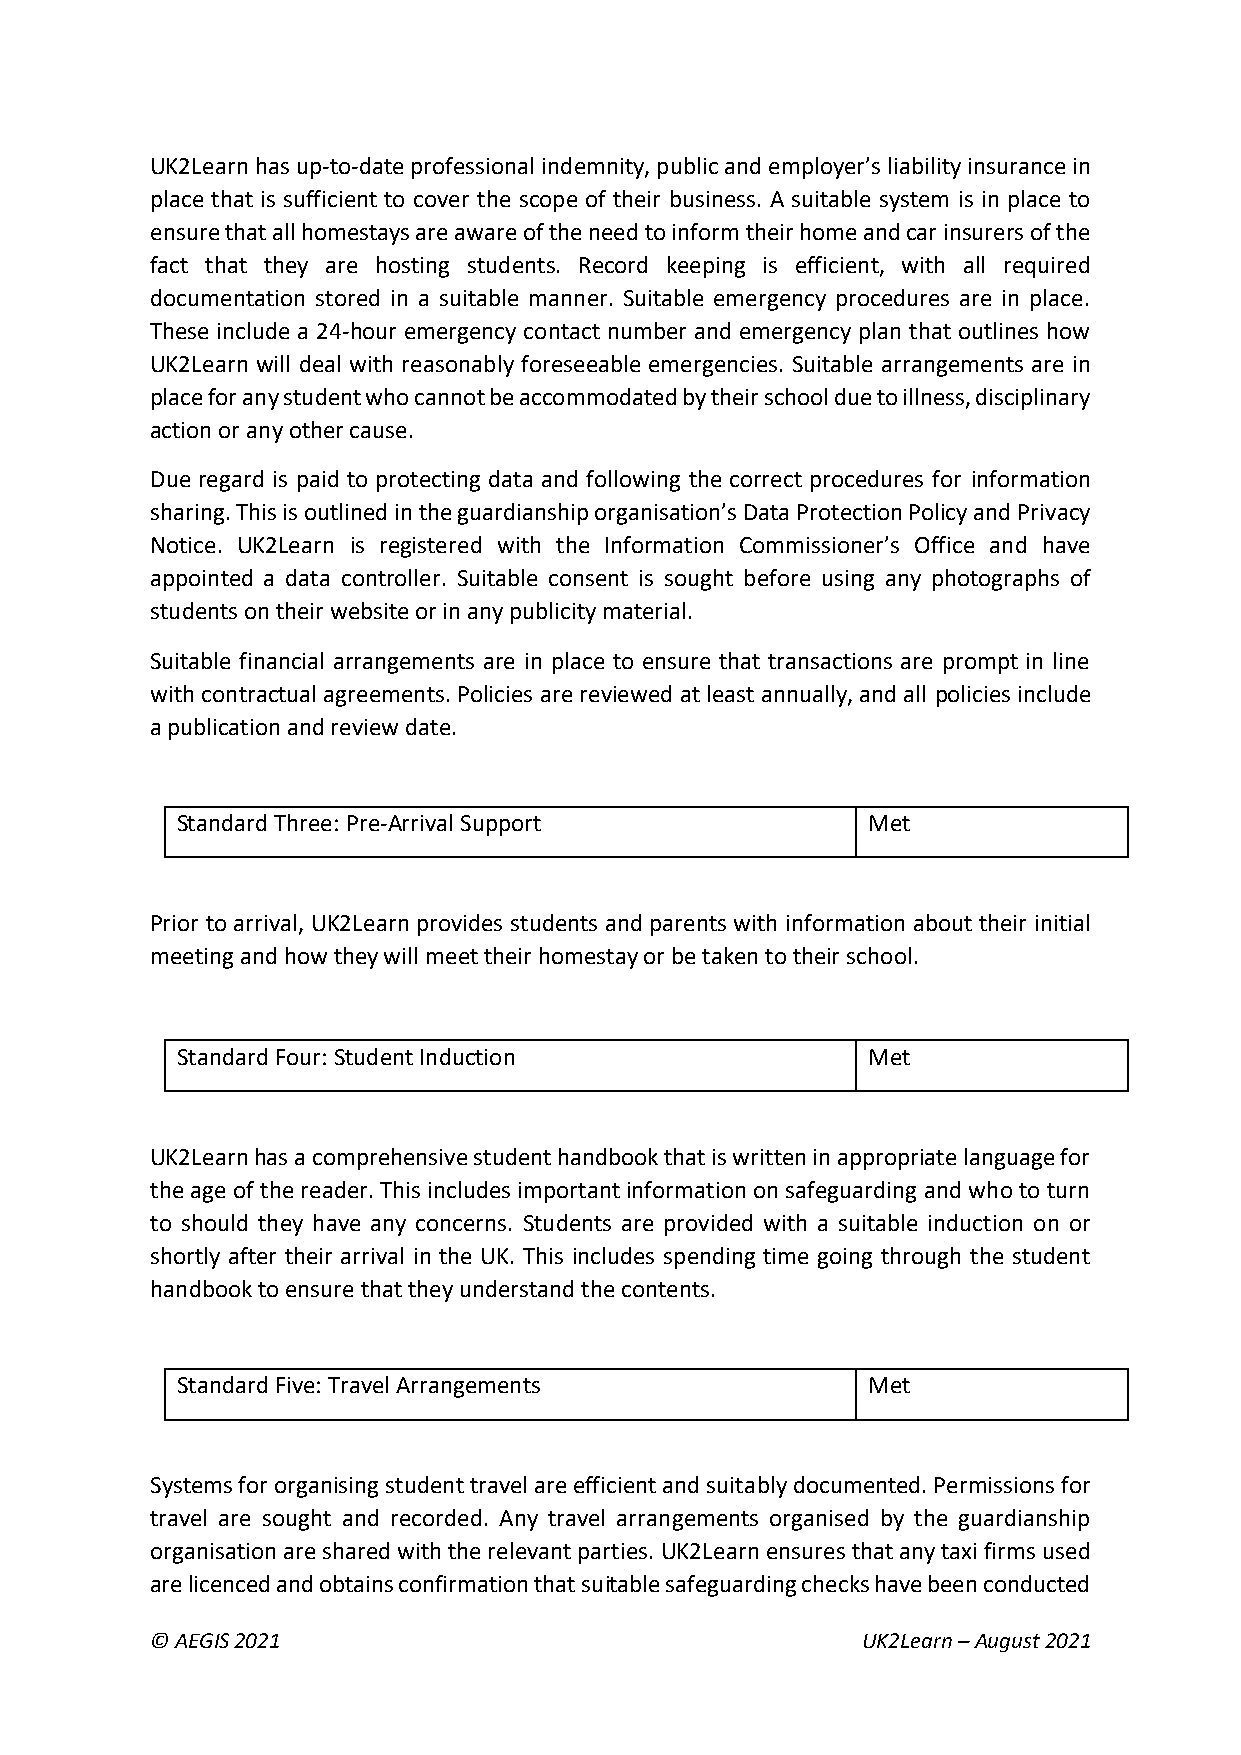
UK2Learn has up-to-date professional indemnity, public and employer’s liability insurance in
 place that is sufficient to cover the scope of their business. A suitable system is in place to
 ensure that all homestays are aware of the need to inform their home and car insurers of the
 fact that they are hosting students. Record keeping is efficient, with all required
 documentation stored in a suitable manner. Suitable emergency procedures are in place.
 These include a 24-hour emergency contact number and emergency plan that outlines how
 UK2Learn will deal with reasonably foreseeable emergencies. Suitable arrangements are in
 place for any student who cannot be accommodated by their school due to illness, disciplinary
 action or any other cause.
 Due regard is paid to protecting data and following the correct procedures for information
 sharing. This is outlined in the guardianship organisation’s Data Protection Policy and Privacy
 Notice. UK2Learn is registered with the Information Commissioner’s Office and have
 appointed a data controller. Suitable consent is sought before using any photographs of
 students on their website or in any publicity material.
 Suitable financial arrangements are in place to ensure that transactions are prompt in line
 with contractual agreements. Policies are reviewed at least annually, and all policies include
 a publication and review date.
 Standard Three: Pre-Arrival Support          Met
 Prior to arrival, UK2Learn provides students and parents with information about their initial
 meeting and how they will meet their homestay or be taken to their school.
 Standard Four: Student Induction             Met
 UK2Learn has a comprehensive student handbook that is written in appropriate language for
 the age of the reader. This includes important information on safeguarding and who to turn
 to should they have any concerns. Students are provided with a suitable induction on or
 shortly after their arrival in the UK. This includes spending time going through the student
 handbook to ensure that they understand the contents.
 Standard Five: Travel Arrangements           Met
 Systems for organising student travel are efficient and suitably documented. Permissions for
 travel are sought and recorded. Any travel arrangements organised by the guardianship
 organisation are shared with the relevant parties. UK2Learn ensures that any taxi firms used
 are licenced and obtains confirmation that suitable safeguarding checks have been conducted
 © AEGIS 2021                                   UK2Learn – August 2021